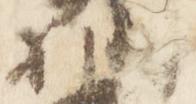
相